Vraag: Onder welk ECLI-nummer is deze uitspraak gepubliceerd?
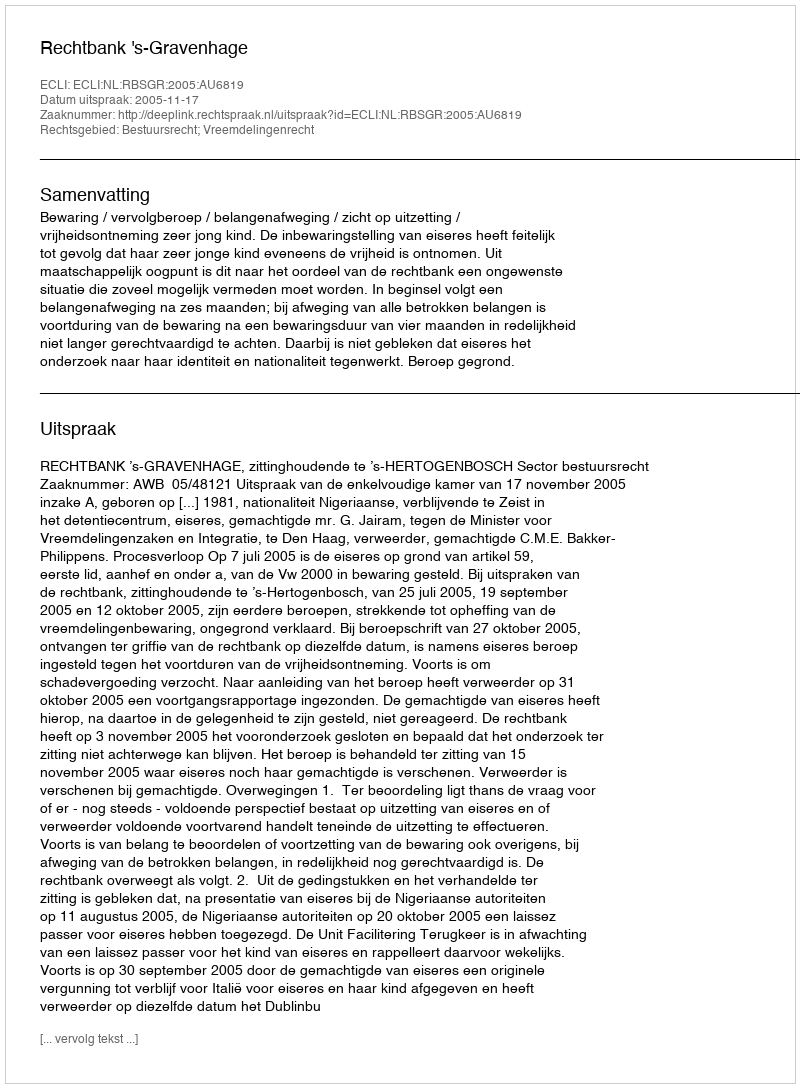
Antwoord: ECLI:NL:RBSGR:2005:AU6819